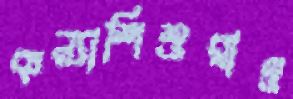
কন্যাশিশুরাও